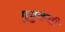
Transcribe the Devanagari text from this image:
गुयुकची